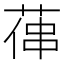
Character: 𦵋